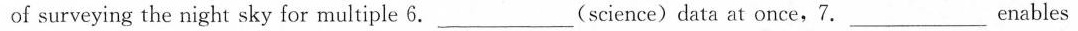
of surveying the night sky for multiple 6.___ (science) data at once,7.___ Enables